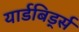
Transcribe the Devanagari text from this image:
यार्डबिर्ड्स